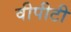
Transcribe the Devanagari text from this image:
वीपीटी